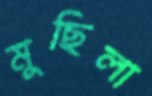
মুছিলা